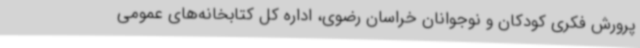
پرورش فکری کودکان و نوجوانان خراسان رضوی، اداره کل کتابخانه‌های عمومی